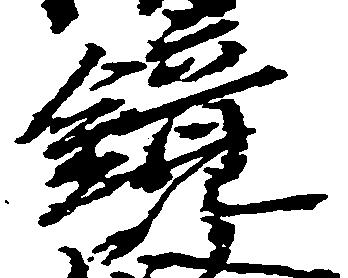
鏡